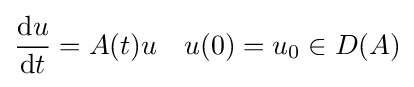
{\frac {\mathrm {d} u}{\mathrm {d} t}}=A(t)u\quad u(0)=u_{0}\in D(A)